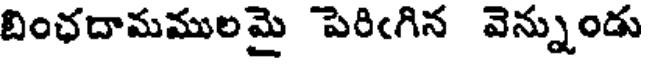
బింఛదామములమై పెరిఁగిన వెన్నుండు